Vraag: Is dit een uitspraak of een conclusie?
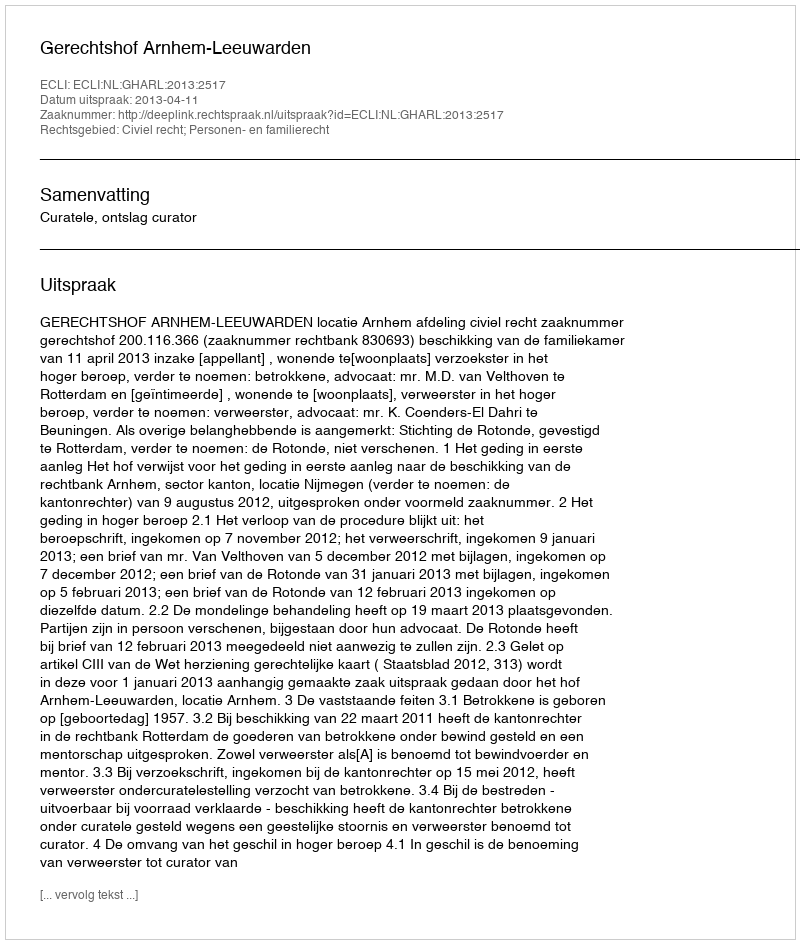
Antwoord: Uitspraak